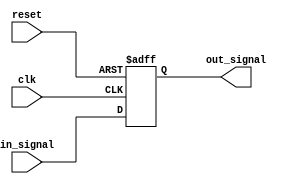
module delay_block #(
    parameter DELAY = 10 // Default delay value in time units (can be overridden)
) (
    input wire clk,           // Clock signal
    input wire reset,         // Reset signal
    input wire in_signal,     // Input signal
    output reg out_signal     // Delayed output signal
);

    // Always block to model the behavior with a delay
    always @(posedge clk or posedge reset) begin
        if (reset) begin
            out_signal <= 1'b0; // Reset output to 0
        end else begin
            // Delay the input signal
            #DELAY out_signal <= in_signal;
        end
    end

endmodule